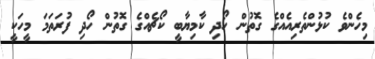
މިހެންވެ ކުޅުންތެރިއެއްގެ ގޮތުން ހޯދި ކާމިޔާބީ ކޯޗެއްގެ ގޮތުން ހޯދި ފުރަތަމަ މީހަކީ